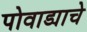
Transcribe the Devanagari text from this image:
पोवाड्याचे